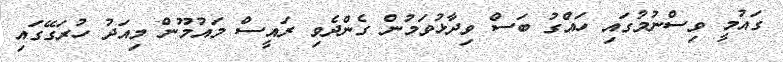
ގައުމީ ވިސްނުމުގައި ހައްގު ބަސް ވިދާޅުވަމުން ގެންދެވި ރައީސް މައުމޫން މިއަދު ހުރަގޭގައި